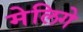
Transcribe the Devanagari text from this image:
मेलिगे